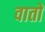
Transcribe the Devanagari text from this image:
वातों